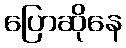
ပြောဆိုနေ